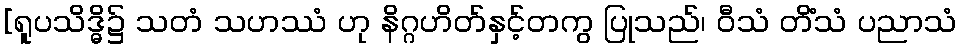
[ရူပသိဒ္ဓိ၌ သတံ သဟဿံ ဟု နိဂ္ဂဟိတ်နှင့်တကွ ပြုသည်၊ ဝီသံ တိံသံ ပညာသံ